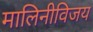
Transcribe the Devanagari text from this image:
मालिनीविजय